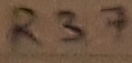
Text: R37